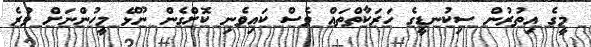
މީގެ އިތުރުން ސިކުނޑީގެ ހަރަކާތްތައް ވެސް ކައިވެނި ކޮށްގެން ނޫޅޭ މީހުންނަށް ވުރެ